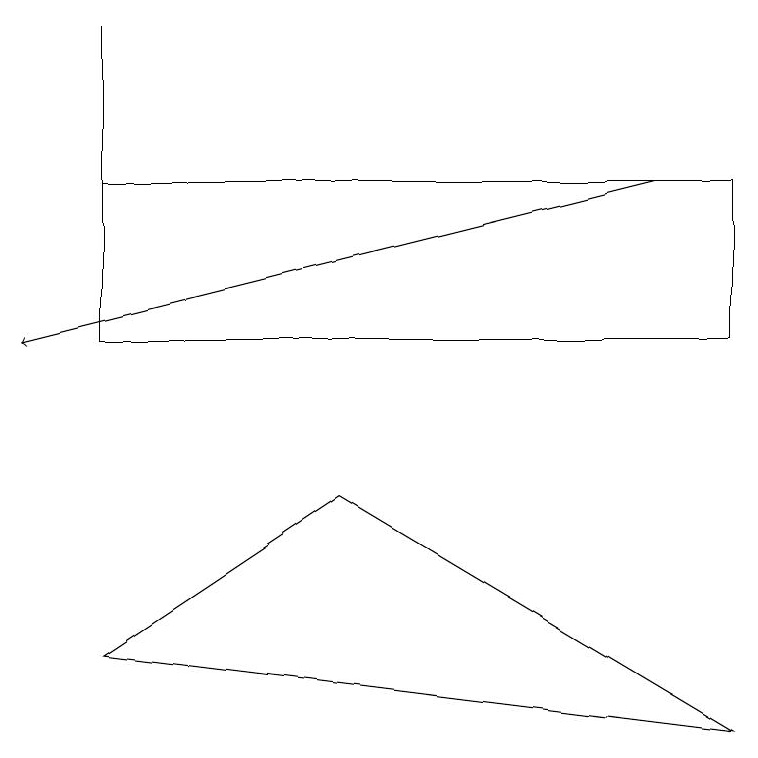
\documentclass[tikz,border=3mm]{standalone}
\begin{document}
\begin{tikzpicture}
\draw[->] (8,13) -- (0,11);
\draw (9,11) rectangle (1,13);
\draw (1,11) rectangle (1,15);
\draw (9,6) -- (4,9) -- (1,7) -- cycle;
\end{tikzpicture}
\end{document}